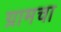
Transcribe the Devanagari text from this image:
ग्रामचा